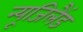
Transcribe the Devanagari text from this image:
न्यूजिलैंड